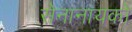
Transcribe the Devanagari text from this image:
सेनानायको